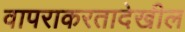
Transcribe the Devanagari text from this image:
वापराकरतादेखील